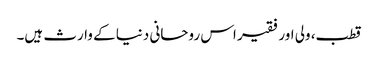
قطب، ولی اور فقیر اس روحانی دنیا کے وارث ہیں۔